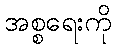
အစ္စရေးကို